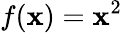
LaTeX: f(\mathbf{x})=\mathbf{x}^{2}